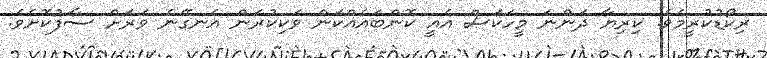
ރިކޯޑުކުރީމެވެ. ކިރިޔާ ދަންނަ މީހަކަސް އެއީ ކޮންބައެއްކަން ވަކިކުރަން އެނގޭނެ ވަރަށް ސާފުކޮށެވެ.